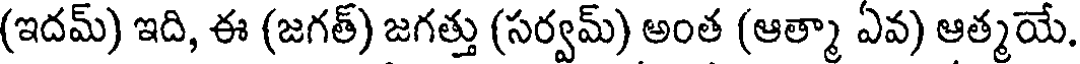
(ఇదమ్) ఇది, ఈ (జగత్) జగత్తు (సర్వమ్) అంత (ఆత్మా ఏవ) ఆత్మయే.